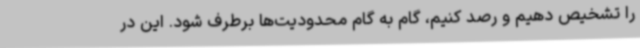
را تشخیص دهیم و رصد کنیم، گام به گام محدودیت‌ها برطرف شود. این در